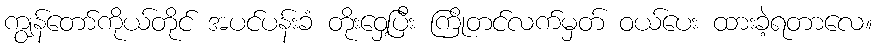
ကျွန်တော်ကိုယ်တိုင် အပင်ပန်းခံ တိုးဝှေ့ပြီး ကြိုတင်လက်မှတ် ဝယ်ပေး ထားခဲ့ရတာလေ။